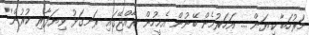
މަރުހަބާ ކިޔަން ... އަހަރުމެން ބޭނުން އެމީހުން ރާއްޖޭގައި ރަނގަޅު ވިޔަފާރި ކުރުން''